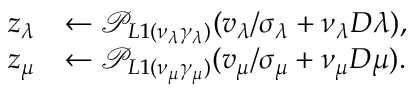
\begin{array} { r l } { z _ { \lambda } } & { \leftarrow \mathcal { P } _ { L 1 ( \nu _ { \lambda } \gamma _ { \lambda } ) } ( v _ { \lambda } / \sigma _ { \lambda } + \nu _ { \lambda } D \lambda ) , } \\ { z _ { \mu } } & { \leftarrow \mathcal { P } _ { L 1 ( \nu _ { \mu } \gamma _ { \mu } ) } ( v _ { \mu } / \sigma _ { \mu } + \nu _ { \mu } D \mu ) . } \end{array}